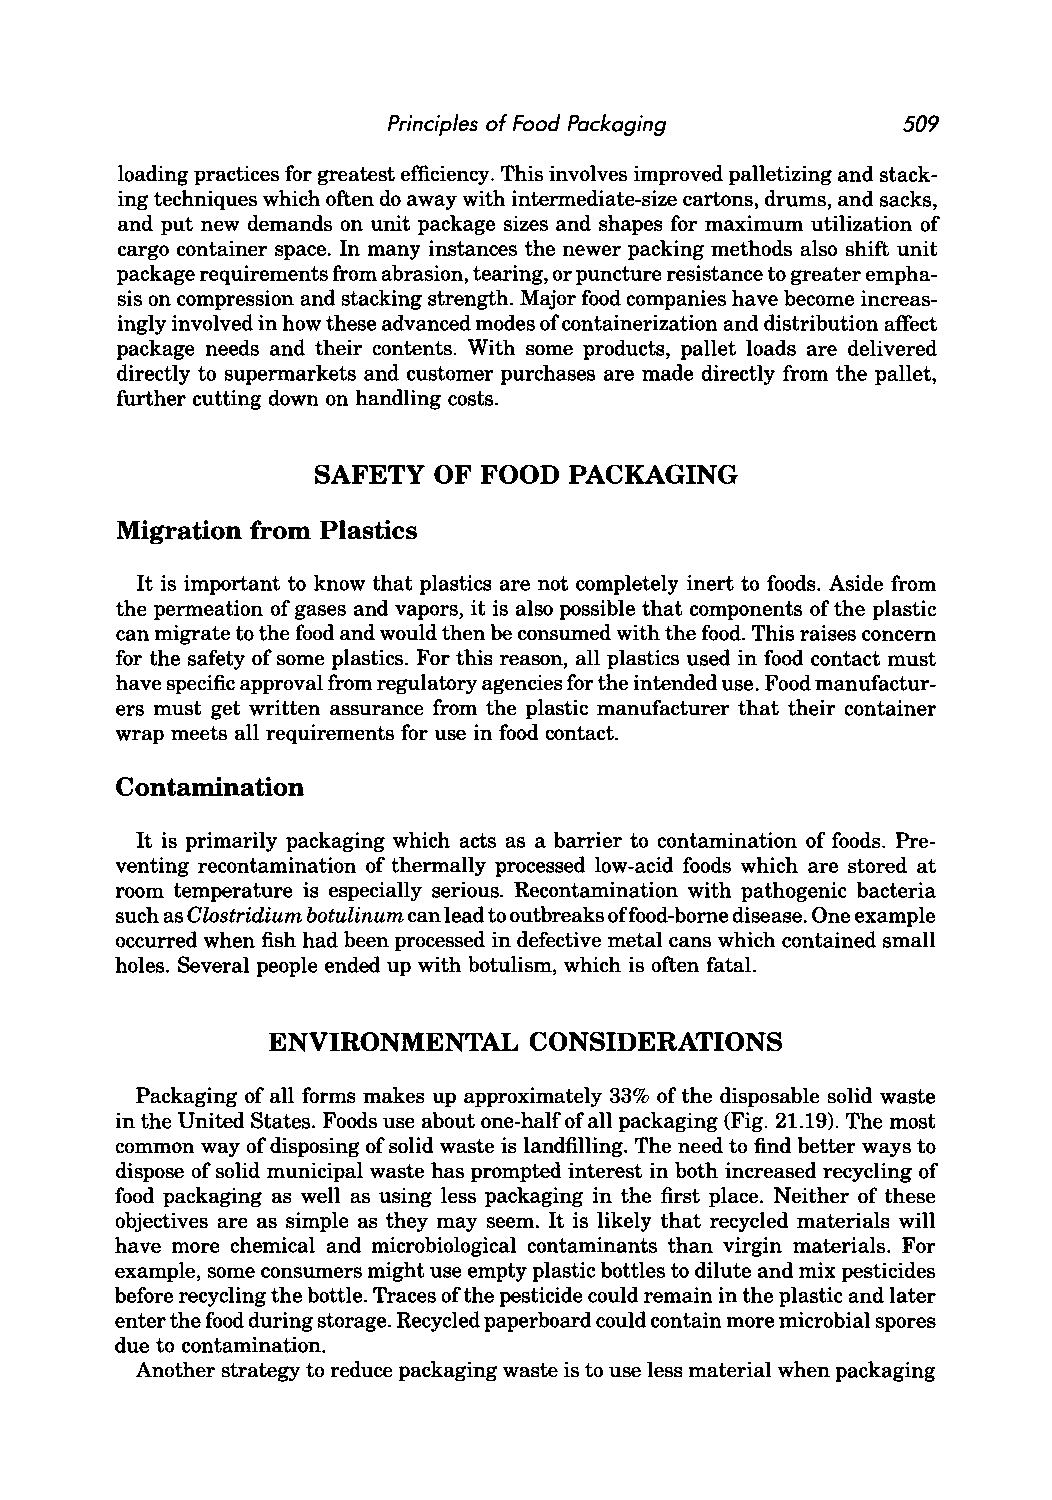
Principles of Food Packaging      509
 loading practices for greatest efficiency. This involves improved palletizing and stack
 ing techniques which often do away with intermediate-size cartons, drums, and sacks,
 and put new demands on unit package sizes and shapes for maximum utilization of
 cargo container space. In many instances the newer packing methods also shift unit
 package requirements from abrasion, tearing, or puncture resistance to greater empha
 sis on compression and stacking strength. Major food companies have become increas
 ingly involved in how these advanced modes of containerization and distribution affect
 package needs and their contents. With some products, pallet loads are delivered
 directly to supermarkets and customer purchases are made directly from the pallet,
 further cutting down on handling costs.
 SAFETY  OF FOOD  PACKAGING
 Migration from Plastics
 It is important to know that plastics are not completely inert to foods. Aside from
 the permeation of gases and vapors, it is also possible that components of the plastic
 can migrate to the food and would then be consumed with the food. This raises concern
 for the safety of some plastics. For this reason, all plastics used in food contact must
 have specific approval from regulatory agencies for the intended use. Food manufactur
 ers must get written assurance from the plastic manufacturer that their container
 wrap meets all requirements for use in food contact.
 Contamination
 It is primarily packaging which acts as a barrier to contamination of foods. Pre
 venting recontamination of thermally processed low-acid foods which are stored at
 room temperature is especially serious. Recontamination with pathogenic bacteria
 such as Clostridium botulinum can lead to outbreaks offood-borne disease. One example
 occurred when fish had been processed in defective metal cans which contained small
 holes. Several people ended up with botulism, which is often fatal.
 ENVIRONMENTAL    CONSIDERATIONS
 Packaging of all forms makes up approximately 33% of the disposable solid waste
 in the United States. Foods use about one-half of all packaging (Fig. 21.19). The most
 common way of disposing of solid waste is landfilling. The need to find better ways to
 dispose of solid municipal waste has prompted interest in both increased recycling of
 food packaging as well as using less packaging in the first place. Neither of these
 objectives are as simple as they may seem. It is likely that recycled materials will
 have more chemical and microbiological contaminants than virgin materials. For
 example, some consumers might use empty plastic bottles to dilute and mix pesticides
 before recycling the bottle. Traces of the pesticide could remain in the plastic and later
 enter the food during storage. Recycled paperboard could contain more microbial spores
 due to contamination.
 Another strategy to reduce packaging waste is to use less material when packaging